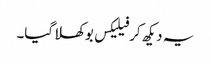
یہ دیکھ کر فیلیکس بوکھلا گیا۔